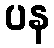
ပန